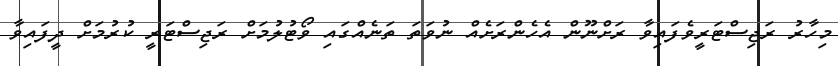
މިހާރު ރަޖިސްޓަރީވެފައިވާ ރަށްނޫން އެހެންރަށެއް ނުވަތަ ތަނެއްގައި ވޯޓުލުމަށް ރަޖިސްޓަރީ ކުރުމަށް ދީފައިވާ